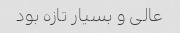
عالی و بسیار تازه بود